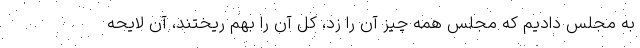
به مجلس دادیم که مجلس همه چیز آن را زد، کل آن را بهم ریختند، آن لایحه